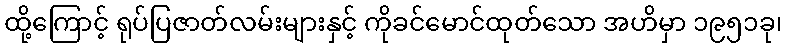
ထို့ကြောင့် ရုပ်ပြဇာတ်လမ်းများနှင့် ကိုခင်မောင်ထုတ်သော အဟိမှာ ၁၉၅၁ခု၊